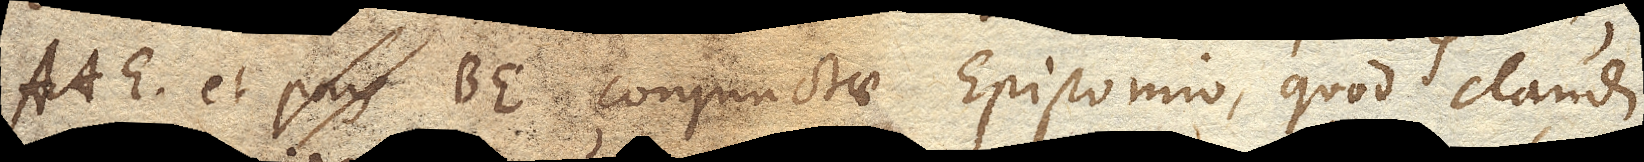
AAE. et BE. conjunctae Epistomio, quod claudi